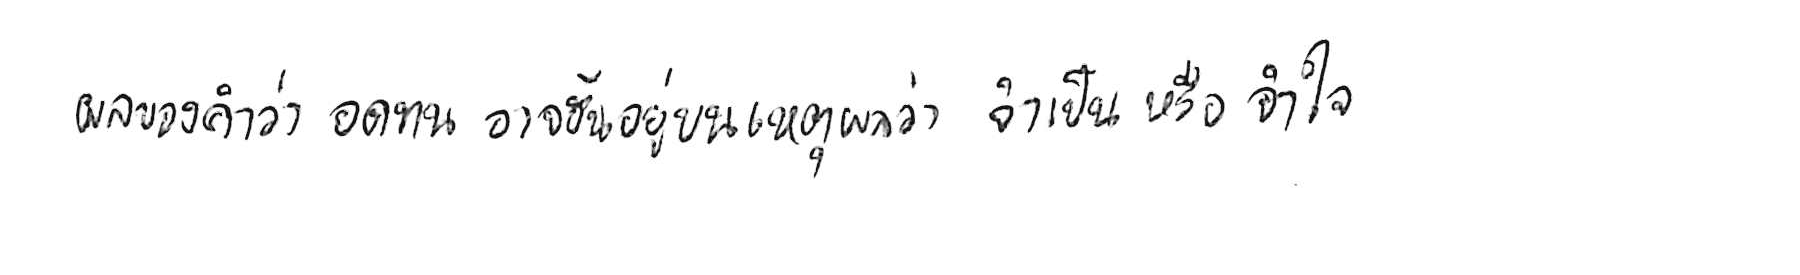
ผลของคำว่า อดทน อาจขึ้นอยู่บนเหตุผลว่า จำเป็น หรือ จำใจ